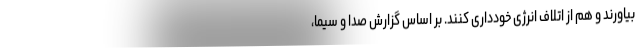
بیاورند و هم از اتلاف انرژی خودداری کنند. بر اساس گزارش صدا و سیما،